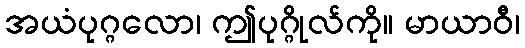
အယံပုဂ္ဂလော၊ ဤပုဂ္ဂိုလ်ကို။ မာယာဝီ၊